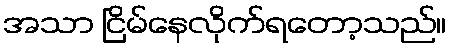
အသာ ငြိမ်နေလိုက်ရတော့သည်။